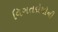
વિગતદોષોની